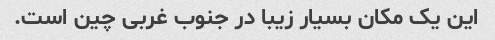
این یک مکان بسیار زیبا در جنوب غربی چین است.